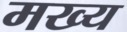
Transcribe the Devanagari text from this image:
मख्य